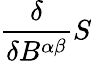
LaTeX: {\frac{\delta}{\delta B^{\alpha\beta}}}S